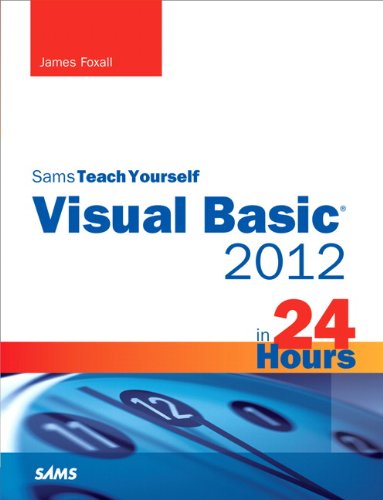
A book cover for Sams Teach Yourself Visual Basic 2012 in 24 Hours, Complete Starter Kit; James Foxall; Computers & Technology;